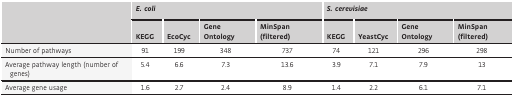
<table><thead><tr><td></td><td colspan="4"><b><i>E. coli</i></b></td><td colspan="4"><b><i>S. cerevisiae</i></b></td></tr><tr><td></td><td><b>KEGG</b></td><td><b>EcoCyc</b></td><td><b>Gene Ontology</b></td><td><b>MinSpan (filtered)</b></td><td><b>KEGG</b></td><td><b>YeastCyc</b></td><td><b>Gene Ontology</b></td><td><b>MinSpan (filtered)</b></td></tr></thead><tbody><tr><td>Number of pathways</td><td>91</td><td>199</td><td>348</td><td>737</td><td>74</td><td>121</td><td>296</td><td>298</td></tr><tr><td>Average pathway length (number of genes)</td><td>5.4</td><td>6.6</td><td>7.3</td><td>13.6</td><td>3.9</td><td>7.1</td><td>7.9</td><td>13</td></tr><tr><td>Average gene usage</td><td>1.6</td><td>2.7</td><td>2.4</td><td>8.9</td><td>1.4</td><td>2.2</td><td>6.1</td><td>7.1</td></tr></tbody></table>